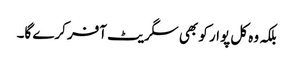
بلکہ وہ کل پوار کو بھی سگریٹ آفر کرے گا۔